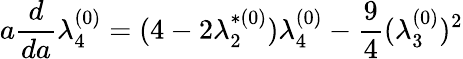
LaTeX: a\frac{d}{da}\lambda_{4}^{(0)}=(4-2\lambda_{2}^{*(0)})\lambda_{4}^{(0)}-\frac{9}{4}(\lambda_{3}^{(0)})^{2}